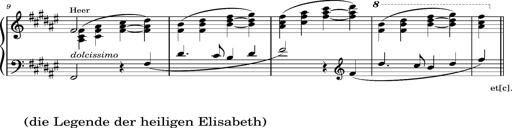
Title: Album-Leaf 'Elisabeth', S.164m
Composer: Franz Liszt
Key: F-sharp major